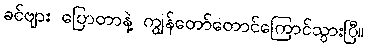
ခင်ဗျား ပြောတာနဲ့ ကျွန်တော်တောင်ကြောင်သွားပြီ။